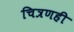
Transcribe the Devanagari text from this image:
चित्रणही